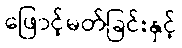
ဖြောင့်မတ်ခြင်းနှင့်